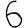
Digit: 6